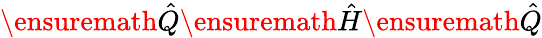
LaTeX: \ensuremath{\hat{Q}}\ensuremath{\hat{H}}\ensuremath{\hat{Q}}